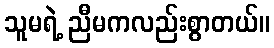
သူမရဲ့ ညီမကလည်းစွာတယ်။